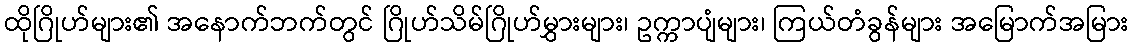
ထိုဂြိုဟ်များ၏ အနောက်ဘက်တွင် ဂြိုဟ်သိမ်ဂြိုဟ်မွှားများ၊ ဥက္ကာပျံများ၊ ကြယ်တံခွန်များ အမြောက်အမြား